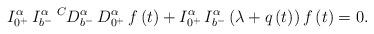
LaTeX: \begin{align*}I_{{0^ + }}^\alpha \,I_{{b^ - }}^\alpha \,{}^CD_{{b^ - }}^\alpha \,D_{{0^ + }}^\alpha \,f\left( t \right) + I_{{0^ + }}^\alpha \,I_{{b^ - }}^\alpha \left(\lambda + q \left(t\right) \right)f\left( t \right) = 0 .\end{align*}